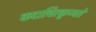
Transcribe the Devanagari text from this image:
कदाचित्कुप्यते